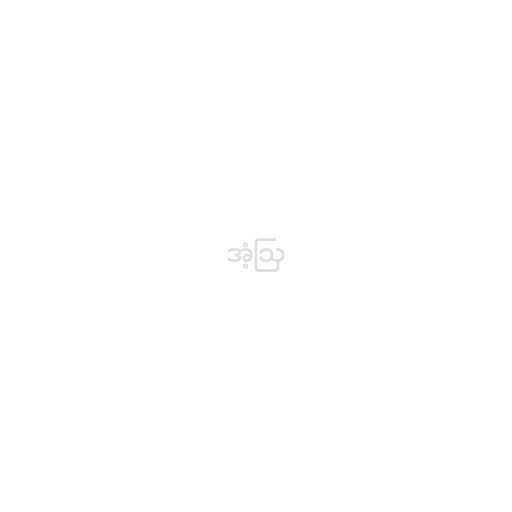
အံ့ဩ